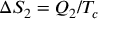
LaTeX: \Delta S _ { 2 } = Q _ { 2 } / T _ { c }